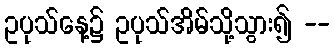
ဥပုသ်နေ့၌ ဥပုသ်အိမ်သို့သွား၍ --